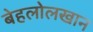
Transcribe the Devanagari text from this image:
बेहलोलखान